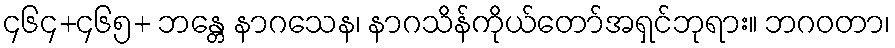
၄၆၄+၄၆၅+ ဘန္တေ နာဂသေန၊ နာဂသိန်ကိုယ်တော်အရှင်ဘုရား။ ဘဂဝတာ၊